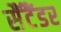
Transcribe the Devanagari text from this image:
सैंटैंडर